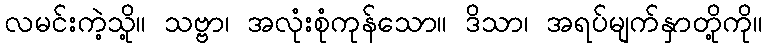
လမင်းကဲ့သို့။ သဗ္ဗာ၊ အလုံးစုံကုန်သော။ ဒိသာ၊ အရပ်မျက်နှာတို့ကို။